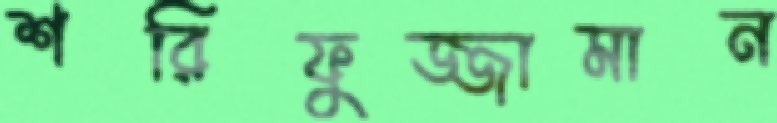
শরিফুজ্জামান